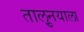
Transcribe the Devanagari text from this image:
तालु्नयाला